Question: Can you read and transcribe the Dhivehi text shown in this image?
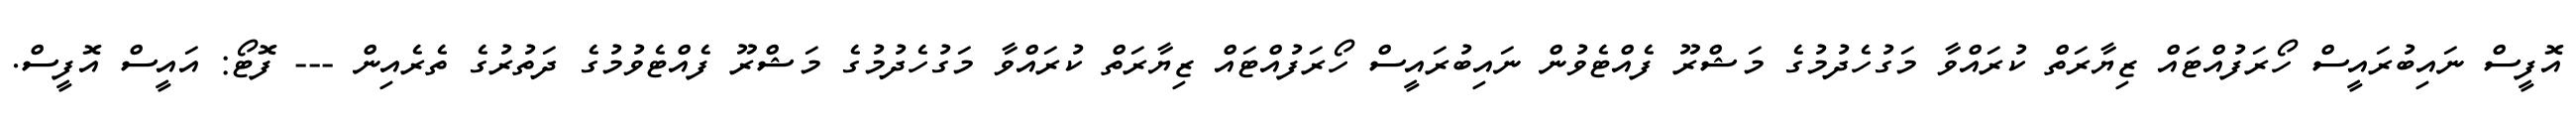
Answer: އޮފީސް ނައިބުރައީސް ހޯރަފުއްޓައް ޒިޔާރަތް ކުރައްވާ މަގުހެދުމުގެ މަޝްރޫ ފެއްޓެވުން ނައިބުރައީސް ހޯރަފުއްޓައް ޒިޔާރަތް ކުރައްވާ މަގުހެދުމުގެ މަޝްރޫ ފެއްޓެވުމުގެ ދަތުރުގެ ތެރެއިން --- ފޮޓޯ: އައީސް އޮފީސް.